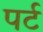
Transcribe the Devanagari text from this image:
पर्ट